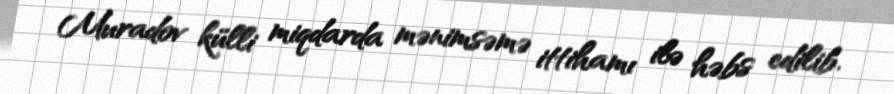
Muradov külli miqdarda mənimsəmə ittihamı ilə həbs edilib.